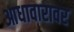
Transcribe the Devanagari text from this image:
आधावारावर